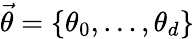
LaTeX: \vec{\theta}=\{ \theta_{0},\dots,\theta_{d}\}